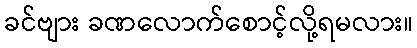
ခင်ဗျား ခဏလောက်စောင့်လို့ရမလား။